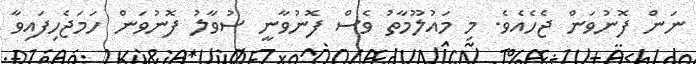
ނަން ފޮނުވަން ޖެހެއެވެ. މި މައުލޫމާތު ވެސް ފޮނުވާނީ ސުވާލު ފޮނުވަން ހަމަޖެހިފައިވާ